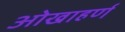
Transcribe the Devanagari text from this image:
ओखाहर्ण